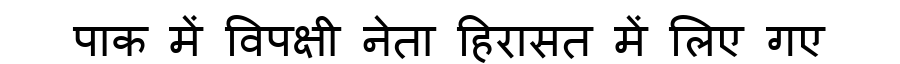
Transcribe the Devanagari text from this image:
पाक में विपक्षी नेता हिरासत में लिए गए